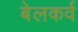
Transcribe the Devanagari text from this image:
बेलकर्व